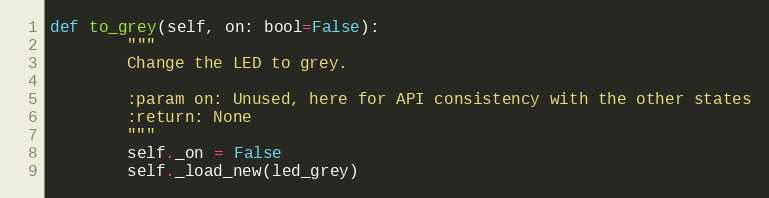
Language: Python
def to_grey(self, on: bool=False):
        """
        Change the LED to grey.

        :param on: Unused, here for API consistency with the other states
        :return: None
        """
        self._on = False
        self._load_new(led_grey)